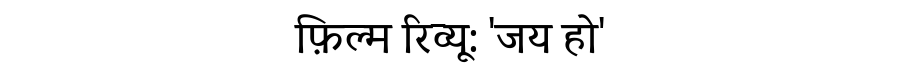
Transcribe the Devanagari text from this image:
फ़िल्म रिव्यू: 'जय हो'